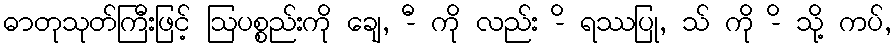
ဓာတုသုတ်ကြီးဖြင့် ဩပစ္စည်းကို ချေ, -ီ ကို လည်း -ိ ရဿပြု, သ် ကို -ိ သို့ ကပ်,